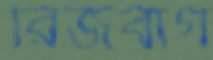
রিজবার্গ